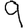
Digit: 9